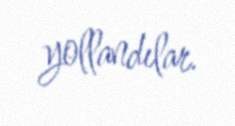
yollandılar.